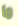
ما